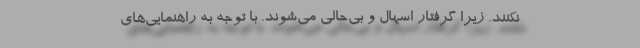
نکنند. زیرا گرفتار اسهال و بی‌حالی می‌شوند. با توجه به راهنمایی‌های